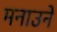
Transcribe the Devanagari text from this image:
मनाउने